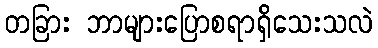
တခြား ဘာများပြောစရာရှိသေးသလဲ